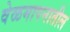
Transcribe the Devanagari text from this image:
वेळमापनातील